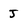
Character: J